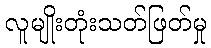
လူမျိုးတုံးသတ်ဖြတ်မှု